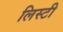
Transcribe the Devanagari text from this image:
लिस्टी